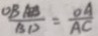
\frac { O B A B } { B D } = \frac { O A } { A C }